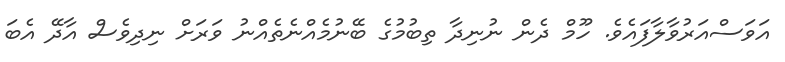
އަވަސްއަރުވާލާފައެވެ. ހޫމް ދެން ނުނިދާ ތިބުމުގެ ބޭނުމެއްނެތެއްނު ވަރަށް ނިދިވެސް އާދޭ އެބަ